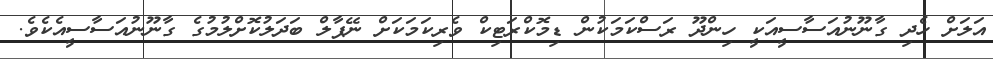
އަލަށް ހެދި ގާނޫނުއަސާސީއަކީ ހިންދޫ ރަސްކަމަކުން ޑިމޮކްރަޓިކް ވެރިކަމަކަށް ނޭޕާލް ބަދަލުކޮށްލުމުގެ ގާނޫނުއަސާސީއެކެވެ.